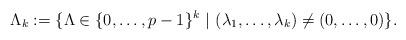
LaTeX: \begin{align*} \Lambda_k := \{ \Lambda \in \{0, \ldots, p-1\}^k ~ | ~ (\lambda_1, \ldots, \lambda_k) \neq (0, \ldots, 0) \}. \end{align*}